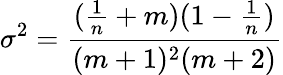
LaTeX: \sigma^{2}=\frac{(\frac{1}{n}+m)(1-\frac{1}{n})}{(m+1)^{2}(m+2)}